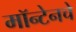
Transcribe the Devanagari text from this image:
मॉन्टेनचे